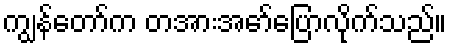
ကျွန်တော်က တအားအော်ပြောလိုက်သည်။